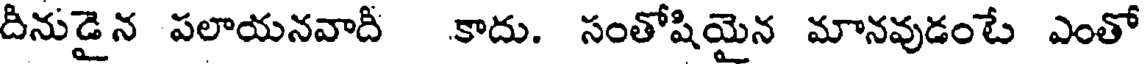
దీనుడైన పలాయనవాదీ కాదు. సంతోషియైన మానవుడంటే ఎంతో